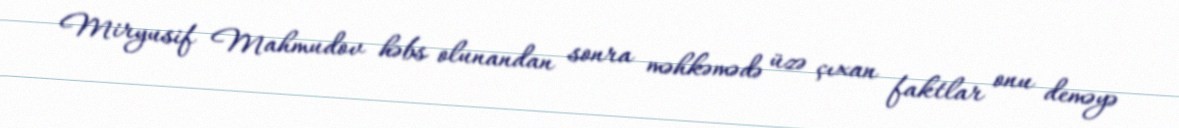
Miryusif Mahmudov həbs olunandan sonra məhkəmədə üzə çıxan faktlar onu deməyə